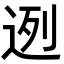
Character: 迾